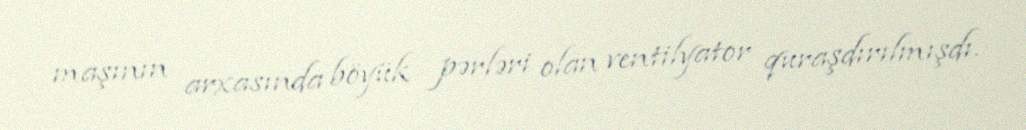
maşının arxasında böyük pərləri olan ventilyator quraşdırılmışdı.